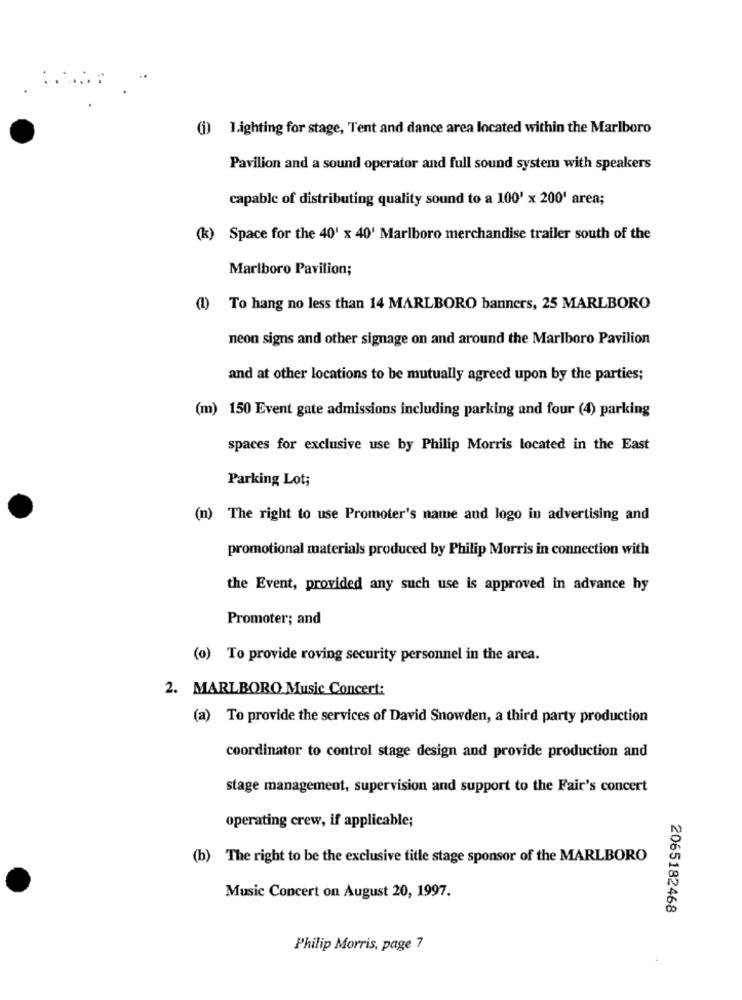
(j) Lighting for stage, Tent and dance area located within the Marlboro
Pavilion and a sound operator and full sound system with speakers
capable of distributing quality sound to a 100' x 200' area;
(k) Space for the 40' x 40' Marlboro merchandise trailer south of the
Marlboro Pavilion;
(1) To hang no less than 14 MARLBORO banners, 25 MARLBORO
neon signs and other signage on and around the Marlboro Pavilion
and at other locations to be mutually agreed upon by the parties;
(m) 150 Event gate admissions including parking and four (4) parking
spaces for exclusive use by Philip Morris located in the East
Parking Lot;
(n) The right to use Promoter's name and logo in advertising and
promotional materials produced by Philip Morris in connection with
the Event, provided any such use is approved in advance hy
Promoter; and
(0) To provide roving security personnel in the area.
2. MARLBORO Music Concert:
(a) To provide the services of David Snowden, a third party production
coordinator to control stage design and provide production and
stage management, supervision and support to the Fair's concert
operating crew, if applicable;
(b) The right to be the exclusive title stage sponsor of the MARLBORO
Music Concert on August 20, 1997.
2065182468
Philip Morris, page 7